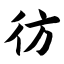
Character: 彷